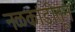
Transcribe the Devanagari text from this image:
नळकांडीतून